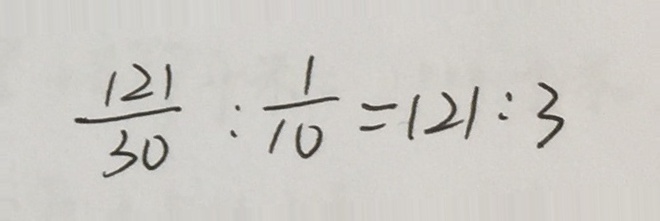
\frac { 1 2 1 } { 3 0 } : \frac { 1 } { 1 0 } = 1 2 1 : 3